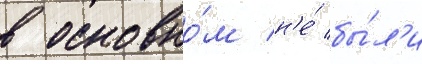
в основно́м н'е́ бы́л'и